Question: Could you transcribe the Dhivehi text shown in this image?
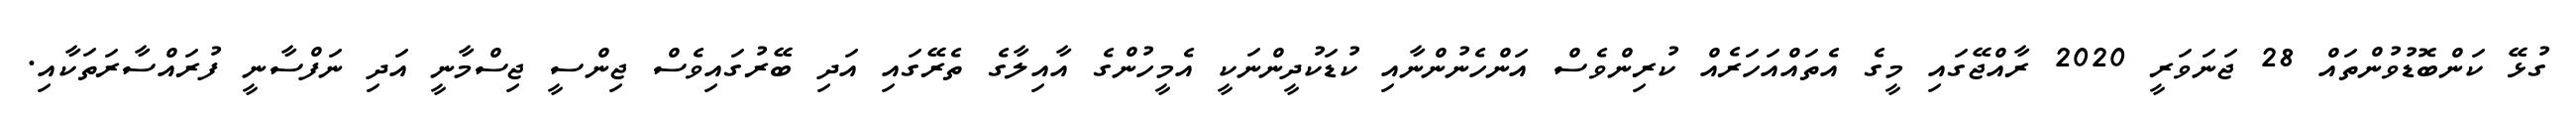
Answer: ގުޅޭ ކަންބޮޑުވުންތައް 28 ޖަނަވަރީ 2020 ރާއްޖޭގައި މީގެ އެތައްއަހަރެއް ކުރިންވެސް އަންހެނުންނާއި ކުޑަކުދީންނަކީ އެމީހުންގެ އާއިލާގެ ތެރޭގައި އަދި ބޭރުގައިވެސް ޖިންސީ ޖިސްމާނީ އަދި ނަފްސާނީ ފުރައްސާރަތަކާއި.